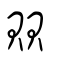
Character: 賏